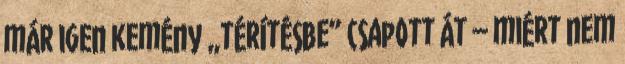
már igen kemény „térítésbe” csapott át – miért nem